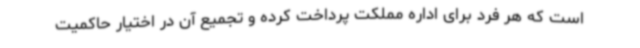
است که هر فرد برای اداره مملکت پرداخت کرده و تجمیع آن در اختیار حاکمیت